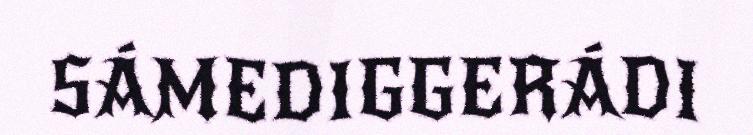
SÁMEDIGGERÁDI